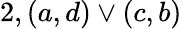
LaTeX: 2,(a,d)\lor(c,b)